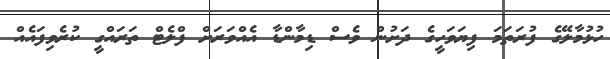
ހުޅުމާލޭގެ ފުރަތަމަ ފިޔަވަހީގެ ދަށުން ވެސް ޑިމާންޑާ އެއްވަރަށް ފްލެޓް ތަރައްގީ ކުރެވިފައެއް